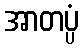
အာတပ္ပံ